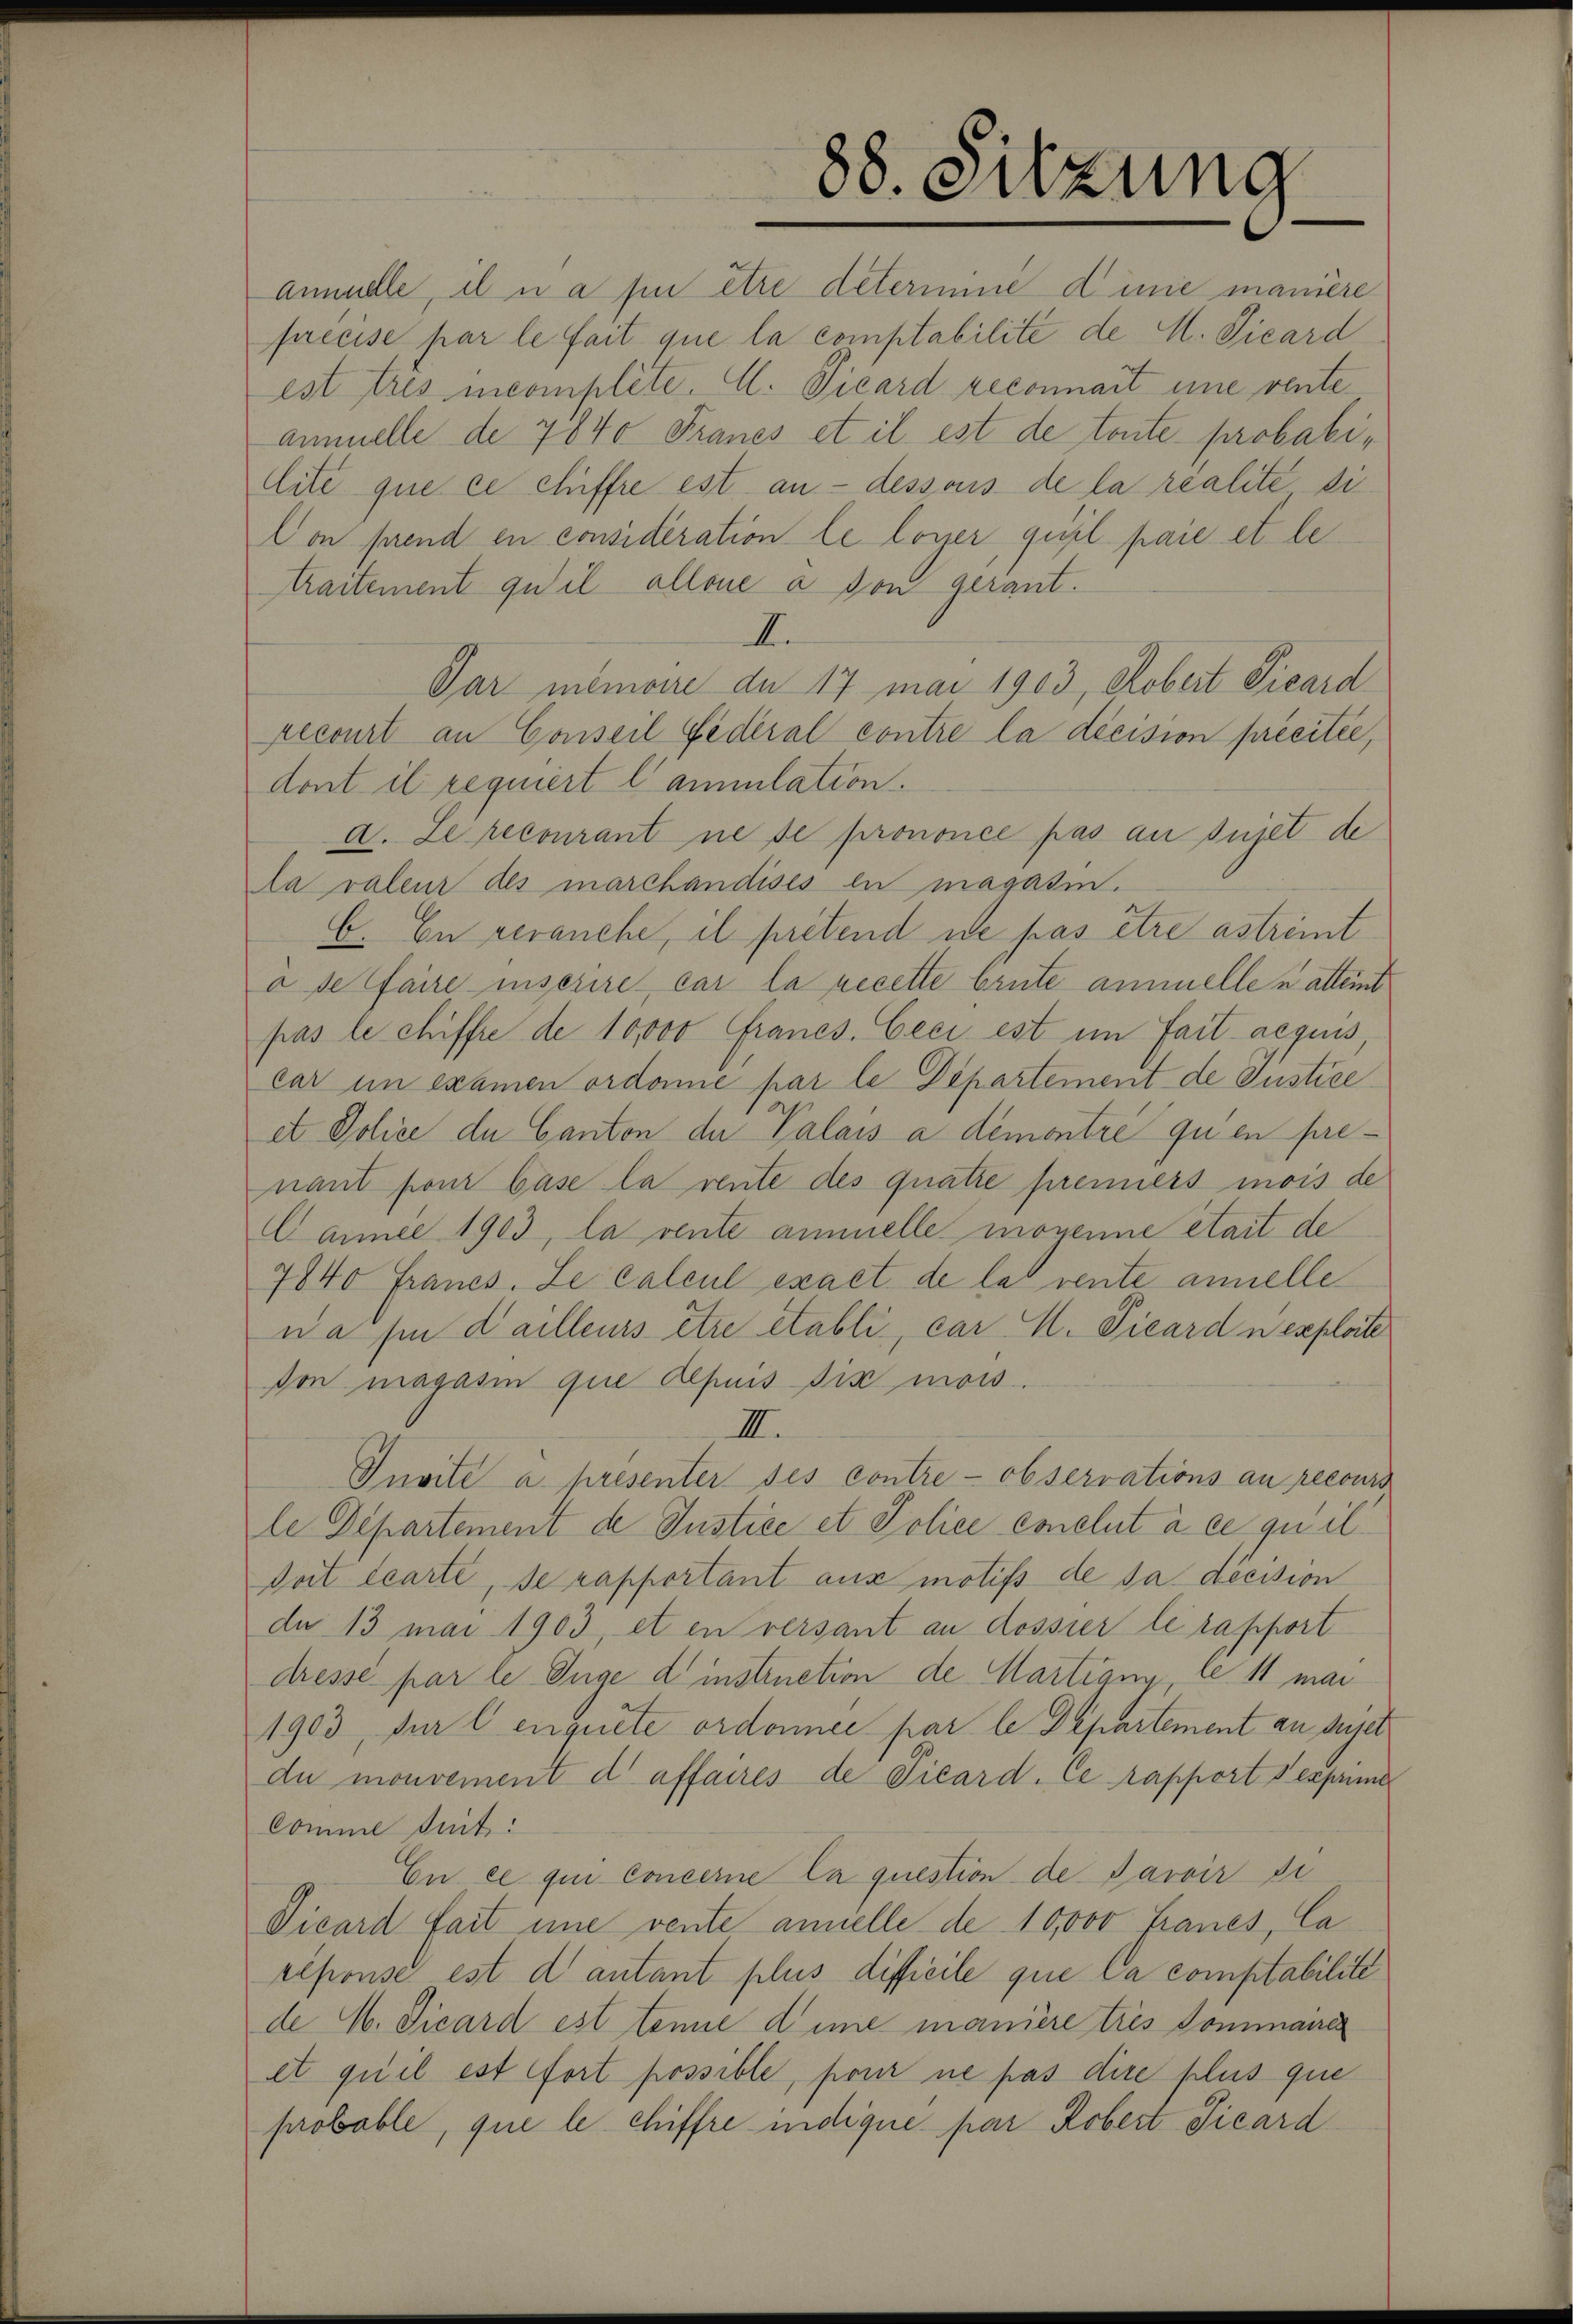
traitement qu’il allone a von gerant.
dont il requiert lamulation.
a valeur des marchandisés en magazin.
von magasin que depuis six mois.
III.
Comme suit:

88. Sitzung

annuelle, il na sie être determine dinie manière
precise par le fait que la comptabilité de M. Vicard
est tres incompléte. Al. Vicard reconnait eine venteamelle de 7840 Francs et il est de toute probati¬
Cite que ce chiffre est an - dessous de la realite di
Con prend en consideration le loner, quel paie et le
A.
Par memoire de 17 mai 1903, Robert Vicard
recourt an Conseil Federal contre la décision précitée,
a. Le recourant ne se prononce pas au sujet de
b. En veranche, il prétend ne pas être astreit
à de faire inscrire, car la recette brute ammelle u atten
pas le chiffre de 10,000 Francs. Ceci est im fait acquis
car im examen ordonne par le Departement de Justice
et Police de Canton der Palais à démontré qu’en prenant pour base la reute des quatre prenners mois de
Daniel 1903, la vente ammelle monenne était de
7840 Francs. Le calcul exact de la rente annelle
wa sie dailleurs être etabli, car M. Vicard u exploite
Invite a presenter des contre - observations an reconn
le Departement de Justice et Police coelut à ce qu’il
doit écarte, se rapportant aus motifs de sa decision
du 13 mai 1903, et en versant an dossier le rapport
dresse par le Juge d instruction de Martiany, le 11 mai
1903, für l inquete ordonnée par le Departement au suje
du monvement d affaires de Vicard. Ce rapport exprim
En ce qui Concerne la question de Pavoir si
Vicard fait une vente annelle de 10,000 Francs, Ca
réponse est d. antant plus difficile que la comptabilité
de H. Vicard est tenne dinie manière trés dommaire
et qu’il est fort possible, pour ne pas dire plus que
probable, que le chiffre indique par Robert Vicard